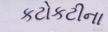
કટોકટીના